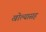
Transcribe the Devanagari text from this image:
खोल्यासह